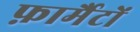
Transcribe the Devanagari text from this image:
फ़ार्मैटों